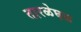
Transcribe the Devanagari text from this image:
तारळेघळ